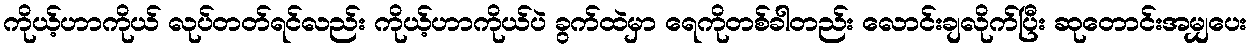
ကိုယ့်ဟာကိုယ် လုပ်တတ်ရင်လည်း ကိုယ့်ဟာကိုယ်ပဲ ခွက်ထဲမှာ ရေကိုတစ်ခါတည်း လောင်းချလိုက်ပြီး ဆုတောင်းအမျှပေး